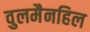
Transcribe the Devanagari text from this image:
वुलमैनहिल